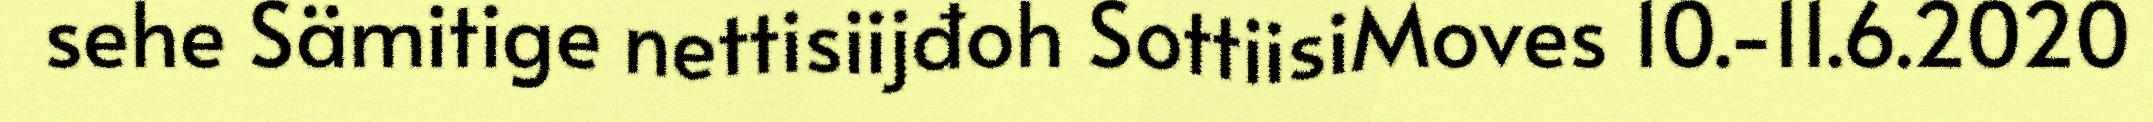
sehe Sämitige nettisiijđoh SottiisiMoves 10.-11.6.2020